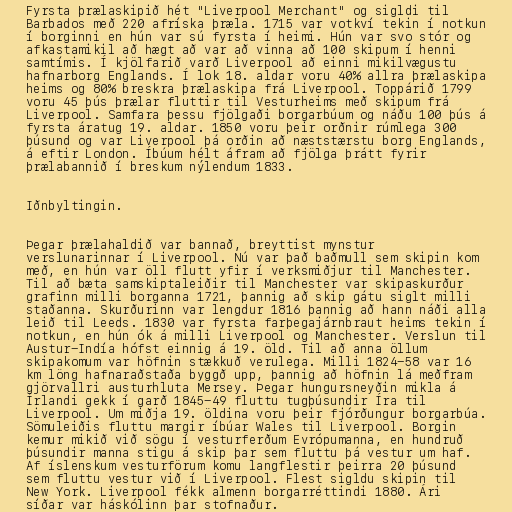
Fyrsta þrælaskipið hét "Liverpool Merchant" og sigldi til
Barbados með 220 afríska þræla. 1715 var votkví tekin í notkun
í borginni en hún var sú fyrsta í heimi. Hún var svo stór og
afkastamikil að hægt að var að vinna að 100 skipum í henni
samtímis. Í kjölfarið varð Liverpool að einni mikilvægustu
hafnarborg Englands. Í lok 18. aldar voru 40% allra þrælaskipa
heims og 80% breskra þrælaskipa frá Liverpool. Toppárið 1799
voru 45 þús þrælar fluttir til Vesturheims með skipum frá
Liverpool. Samfara þessu fjölgaði borgarbúum og náðu 100 þús á
fyrsta áratug 19. aldar. 1850 voru þeir orðnir rúmlega 300
þúsund og var Liverpool þá orðin að næststærstu borg Englands,
á eftir London. Íbúum hélt áfram að fjölga þrátt fyrir
þrælabannið í breskum nýlendum 1833.

Iðnbyltingin.

Þegar þrælahaldið var bannað, breyttist mynstur
verslunarinnar í Liverpool. Nú var það baðmull sem skipin kom
með, en hún var öll flutt yfir í verksmiðjur til Manchester.
Til að bæta samskiptaleiðir til Manchester var skipaskurður
grafinn milli borganna 1721, þannig að skip gátu siglt milli
staðanna. Skurðurinn var lengdur 1816 þannig að hann náði alla
leið til Leeds. 1830 var fyrsta farþegajárnbraut heims tekin í
notkun, en hún ók á milli Liverpool og Manchester. Verslun til
Austur-Indía hófst einnig á 19. öld. Til að anna öllum
skipakomum var höfnin stækkuð verulega. Milli 1824-58 var 16
km löng hafnaraðstaða byggð upp, þannig að höfnin lá meðfram
gjörvallri austurhluta Mersey. Þegar hungursneyðin mikla á
Írlandi gekk í garð 1845-49 fluttu tugþúsundir Íra til
Liverpool. Um miðja 19. öldina voru þeir fjórðungur borgarbúa.
Sömuleiðis fluttu margir íbúar Wales til Liverpool. Borgin
kemur mikið við sögu í vesturferðum Evrópumanna, en hundruð
þúsundir manna stigu á skip þar sem fluttu þá vestur um haf.
Af íslenskum vesturförum komu langflestir þeirra 20 þúsund
sem fluttu vestur við í Liverpool. Flest sigldu skipin til
New York. Liverpool fékk almenn borgarréttindi 1880. Ári
síðar var háskólinn þar stofnaður.